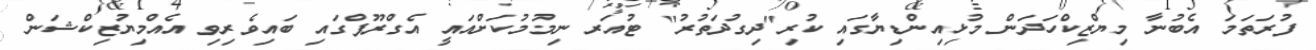
ފުރަތަމަ އެބުނާ މިޔްޒިކްހަދަން މުޅިއިންޑިޔާގައި ކުރި"ދިގުދަތުރު" ޓުއަރ ނިމުމުކަށްއައީ އެގްރޫޕްގައި ބައިވެރިވި އެއްމިޔުޒިކްޝަން